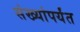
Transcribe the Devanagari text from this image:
संख्यांपर्यंत